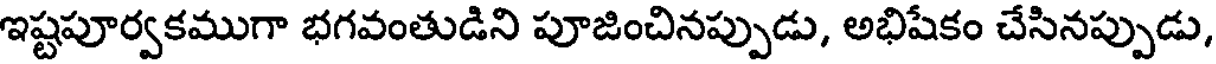
ఇష్టపూర్వకముగా భగవంతుడిని పూజించినప్పుడు, అభిషేకం చేసినప్పుడు,